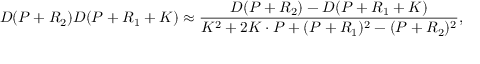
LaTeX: D ( P + R _ { 2 } ) D ( P + R _ { 1 } + K ) \approx \frac { D ( P + R _ { 2 } ) - D ( P + R _ { 1 } + K ) } { K ^ { 2 } + 2 K \cdot P + ( P + R _ { 1 } ) ^ { 2 } - ( P + R _ { 2 } ) ^ { 2 } } ,